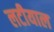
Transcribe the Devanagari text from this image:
लटीयाल